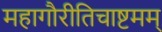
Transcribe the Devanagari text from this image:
महागौरीतिचाष्टमम्